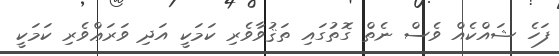
ފަހެ ޝައްކެއް ވެސް ނެތް ގޮތުގައި ތަޤުވާވެރި ކަމަކީ އަދި ވަރަޢްވެރި ކަމަކީ